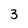
Character: 3